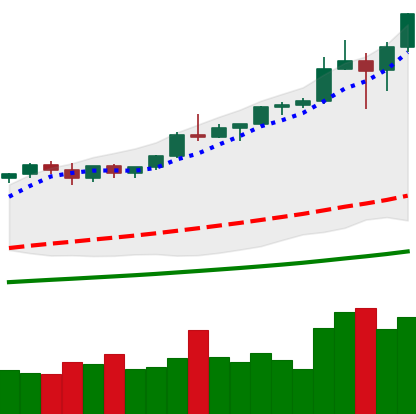
Ticker: BTC-USD
Chart end date: 2021-01-06
Forward return: -3.415%
Label: down_3_5